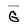
Character: G